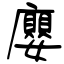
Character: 廮